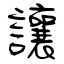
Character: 讓